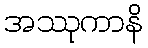
အဿုကာနိ